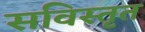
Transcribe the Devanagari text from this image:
सविस्तृत